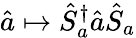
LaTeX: \hat{a}\mapsto\hat{S}_{a}^{\dagger}\hat{a}\hat{S}_{a}